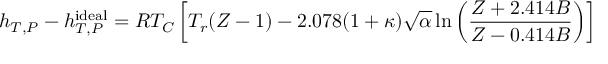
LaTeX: h _ { T , P } - h _ { T , P } ^ { \mathrm { i d e a l } } = R T _ { C } \left[ T _ { r } ( Z - 1 ) - 2 . 0 7 8 ( 1 + \kappa ) { \sqrt { \alpha } } \ln \left( { \frac { Z + 2 . 4 1 4 B } { Z - 0 . 4 1 4 B } } \right) \right]